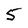
Character: 5